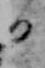
日